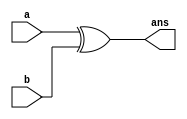
`timescale 1ns / 1ps

module xor1x1(
  input a,
  input b,
  output ans
  );

  xor gate1(ans,a,b);  

endmodule